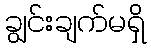
ချွင်းချက်မရှိ